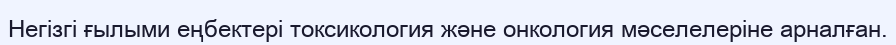
Негізгі ғылыми еңбектері токсикология және онкология мәселелеріне арналған.